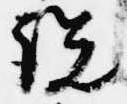
説